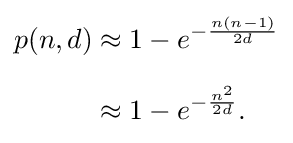
{\begin{aligned}p(n,d)&\approx 1-e^{-{\frac {n(n-1)}{2d}}}\\[6pt]&\approx 1-e^{-{\frac {n^{2}}{2d}}}.\end{aligned}}